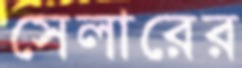
সেলারের